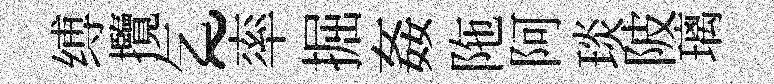
缚攬乞~率掘姦陁阿琰陂璃